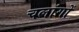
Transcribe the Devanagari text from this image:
चलांगों